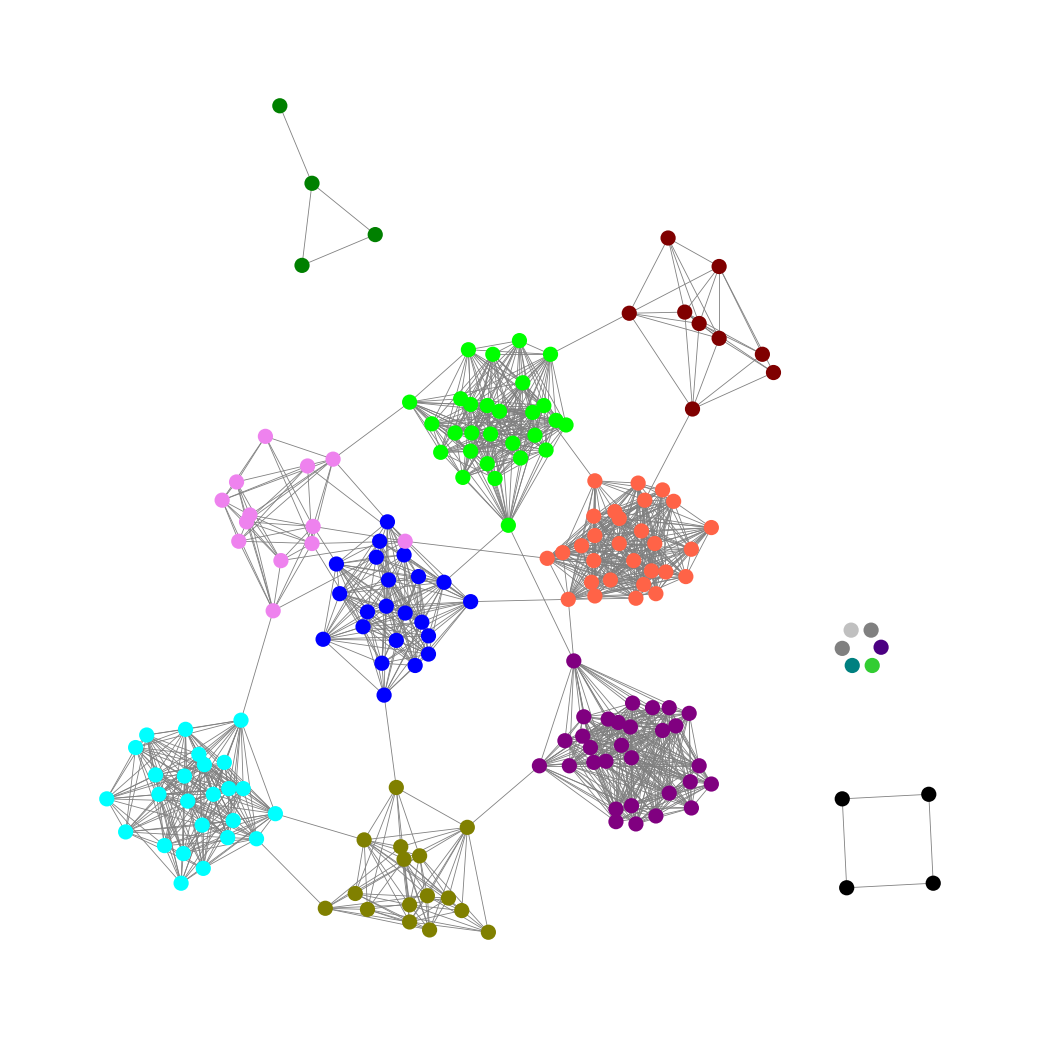
Graph connected: No
Number of connected components: 9
Number of singletons: 6
Total number of nodes: 186
Total number of edges: 1426
Number of communities: 15
Community sizes:
Aqua: 25
Black: 4
Blue: 22
Gray: 2
Green: 4
Indigo: 1
Lime: 28
Lime Green: 1
Maroon: 9
Olive: 16
Purple: 30
Silver: 1
Teal: 1
Tomato: 29
Violet: 13
Graph layout: tda
Graph generation method: erdos_renyi